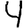
Digit: 4